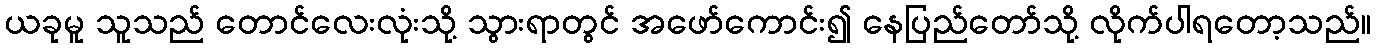
ယခုမူ သူသည် တောင်လေးလုံးသို့ သွားရာတွင် အဖော်ကောင်း၍ နေပြည်တော်သို့ လိုက်ပါရတော့သည်။